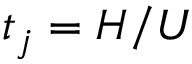
t _ { j } = H / U